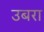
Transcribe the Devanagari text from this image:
उबरा